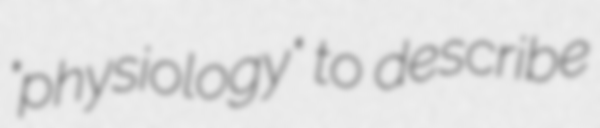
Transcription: "physiology" to describe